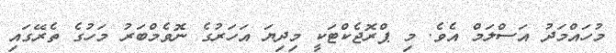
މުހައްމަދު އަސްލަމް އެވެ. މި ޕްރޮޖެކްޓަކީ މިދިޔަ އަހަރުގެ ނޮވެމްބަރު މަހުގެ ތެރޭގައި